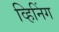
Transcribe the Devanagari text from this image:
व्हिनिंग